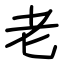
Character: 老